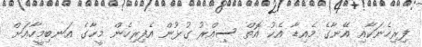
ފިރިހެނަކާއި އޭނާގެ މެއިޑާ އެކު އޮތް ސިއްރު ގުޅުން އެފިރިހެން މީހާގެ އަނބިމީހާއަށް